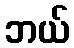
ဘယ်